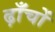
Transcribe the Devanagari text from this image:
ढ़ाँचों